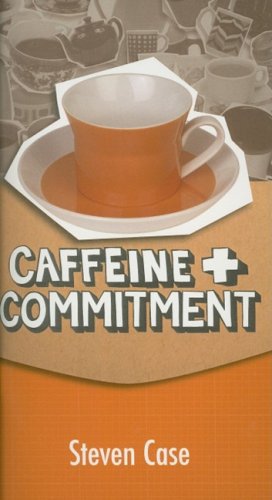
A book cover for Caffeine and Commitment; Steve L. Case; Health, Fitness & Dieting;